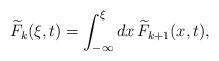
LaTeX: \begin{align*}\widetilde{F}_{k}(\xi,{t})=\int^\xi_{-\infty} dx\,\widetilde{F}_{k+1}(x,{t}),\end{align*}